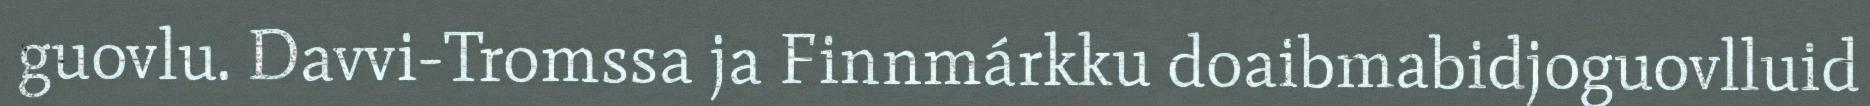
guovlu. Davvi-Tromssa ja Finnmárkku doaibmabidjoguovlluid